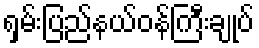
ရှမ်းပြည်နယ်ဝန်ကြီးချုပ်